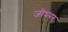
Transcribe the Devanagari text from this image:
जोधपर